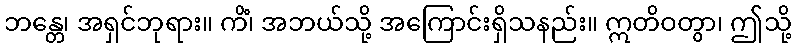
ဘန္တေ၊ အရှင်ဘုရား။ ကိံ၊ အဘယ်သို့ အကြောင်းရှိသနည်း။ ဣတိဝတွာ၊ ဤသို့